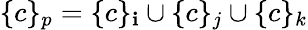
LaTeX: \{ c\} _{p}=\{ c\} _{\mathbf{i}}\cup\{ c\} _{j}\cup\{ c\} _{k}